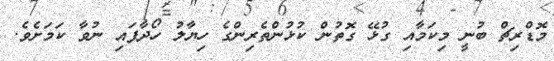
މޮޑްރިޗް ބުނީ މިކަމާއި ގުޅޭ ގޮތުން ކުޅުންތެރިންގެ ހިޔާލު ހޯދާފައި ނުވާ ކަމަށެވެ.